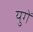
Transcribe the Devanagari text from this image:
युगें